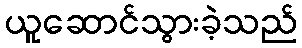
ယူဆောင်သွားခဲ့သည်